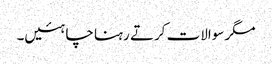
مگر سوالات کرتے رہنا چاہئیں۔